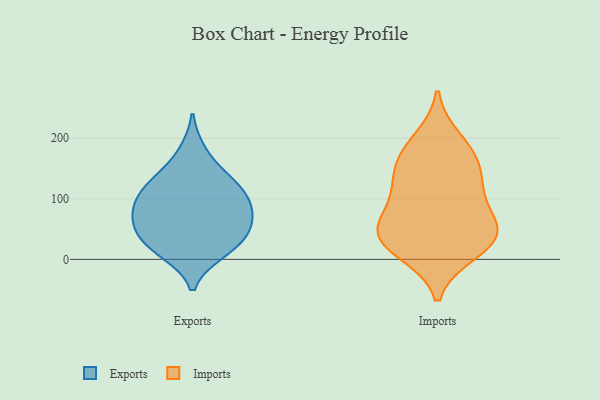
{"axis": {"x": "Budget (USD K)", "y": "Value"}, "legend": ["Exports", "Imports"], "data": [{"x": "", "y": 104, "type": "Exports"}, {"x": "", "y": 10, "type": "Exports"}, {"x": "", "y": 132, "type": "Exports"}, {"x": "", "y": 123, "type": "Exports"}, {"x": "", "y": 90, "type": "Exports"}, {"x": "", "y": 39, "type": "Exports"}, {"x": "", "y": 79, "type": "Exports"}, {"x": "", "y": 10, "type": "Exports"}, {"x": "", "y": 31, "type": "Exports"}, {"x": "", "y": 133, "type": "Exports"}, {"x": "", "y": 70, "type": "Exports"}, {"x": "", "y": 45, "type": "Exports"}, {"x": "", "y": 90, "type": "Exports"}, {"x": "", "y": 55, "type": "Exports"}, {"x": "", "y": 179, "type": "Exports"}, {"x": "", "y": 116, "type": "Imports"}, {"x": "", "y": 52, "type": "Imports"}, {"x": "", "y": 116, "type": "Imports"}, {"x": "", "y": 30, "type": "Imports"}, {"x": "", "y": 170, "type": "Imports"}, {"x": "", "y": 21, "type": "Imports"}, {"x": "", "y": 12, "type": "Imports"}, {"x": "", "y": 63, "type": "Imports"}, {"x": "", "y": 42, "type": "Imports"}, {"x": "", "y": 169, "type": "Imports"}, {"x": "", "y": 58, "type": "Imports"}, {"x": "", "y": 197, "type": "Imports"}, {"x": "", "y": 135, "type": "Imports"}]}